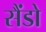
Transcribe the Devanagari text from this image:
सैंडो